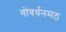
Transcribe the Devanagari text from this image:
गोवर्धनमठ